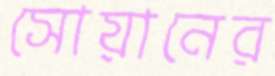
সোয়ানের